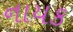
નાયક